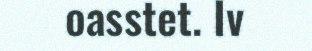
oasstet. Iv